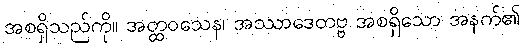
အစရှိသည်ကို။ အတ္ထဝသေန၊ အဿာဒေတဗ္ဗ အစရှိသော အနက်၏